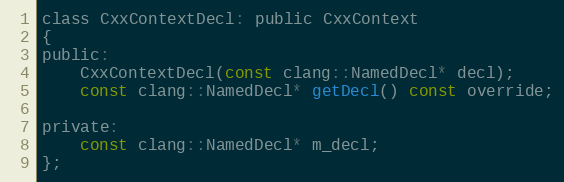
Language: C
class CxxContextDecl: public CxxContext
{
public:
	CxxContextDecl(const clang::NamedDecl* decl);
	const clang::NamedDecl* getDecl() const override;

private:
	const clang::NamedDecl* m_decl;
};